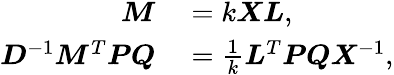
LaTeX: \begin{array}{rl}{\boldsymbol{M}}&{{}=k\boldsymbol{X}\boldsymbol{L},}\\ {\boldsymbol{D}^{-1}\boldsymbol{M}^{T}\boldsymbol{P}\boldsymbol{Q}}&{{}=\frac{1}{k}\boldsymbol{L}^{T}\boldsymbol{P}\boldsymbol{Q}\boldsymbol{X}^{-1},}\end{array}